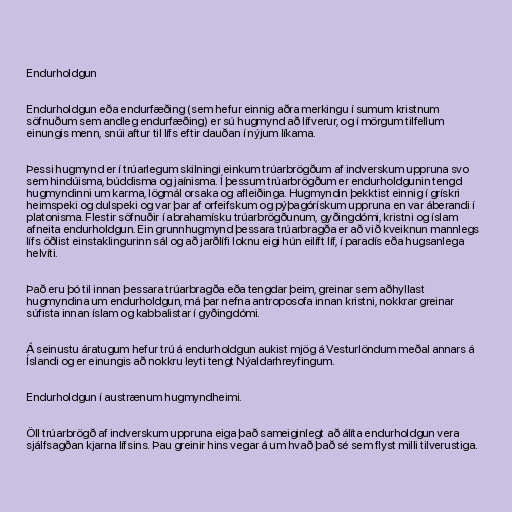
Endurholdgun

Endurholdgun eða endurfæðing (sem hefur einnig aðra merkingu í sumum kristnum
söfnuðum sem andleg endurfæðing) er sú hugmynd að lífverur, og í mörgum tilfellum
einungis menn, snúi aftur til lífs eftir dauðan í nýjum líkama.

Þessi hugmynd er í trúarlegum skilningi einkum trúarbrögðum af indverskum uppruna svo
sem hindúisma, búddisma og jaínisma. Í þessum trúarbrögðum er endurholdgunin tengd
hugmyndinni um karma, lögmál orsaka og afleiðinga. Hugmyndin þekktist einnig í grískri
heimspeki og dulspeki og var þar af orfeifskum og pýþagórískum uppruna en var áberandi í
platonisma. Flestir söfnuðir í abrahamísku trúarbrögðunum, gyðingdómi, kristni og íslam
afneita endurholdgun. Ein grunnhugmynd þessara trúarbragða er að við kveiknun mannlegs
lífs öðlist einstaklingurinn sál og að jarðlífi loknu eigi hún eilíft líf, í paradís eða hugsanlega
helvíti.

Það eru þó til innan þessara trúarbragða eða tengdar þeim, greinar sem aðhyllast
hugmyndina um endurholdgun, má þar nefna antroposofa innan kristni, nokkrar greinar
súfista innan íslam og kabbalistar í gyðingdómi.

Á seinustu áratugum hefur trú á endurholdgun aukist mjög á Vesturlöndum meðal annars á
Íslandi og er einungis að nokkru leyti tengt Nýaldarhreyfingum.

Endurholdgun í austrænum hugmyndheimi.

Öll trúarbrögð af indverskum uppruna eiga það sameiginlegt að álíta endurholdgun vera
sjálfsagðan kjarna lífsins. Þau greinir hins vegar á um hvað það sé sem flyst milli tilverustiga.